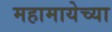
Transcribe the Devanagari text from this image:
महामायेच्या